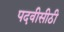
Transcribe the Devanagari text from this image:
पदवीसीठी